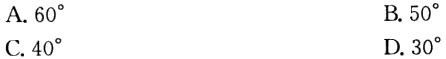
A. \(60^{\circ}\)
B. \(50^{\circ}\)
C. \(40^{\circ}\)
D. \(30^{\circ}\)